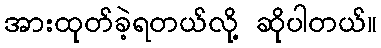
အားထုတ်ခဲ့ရတယ်လို့ ဆိုပါတယ်။